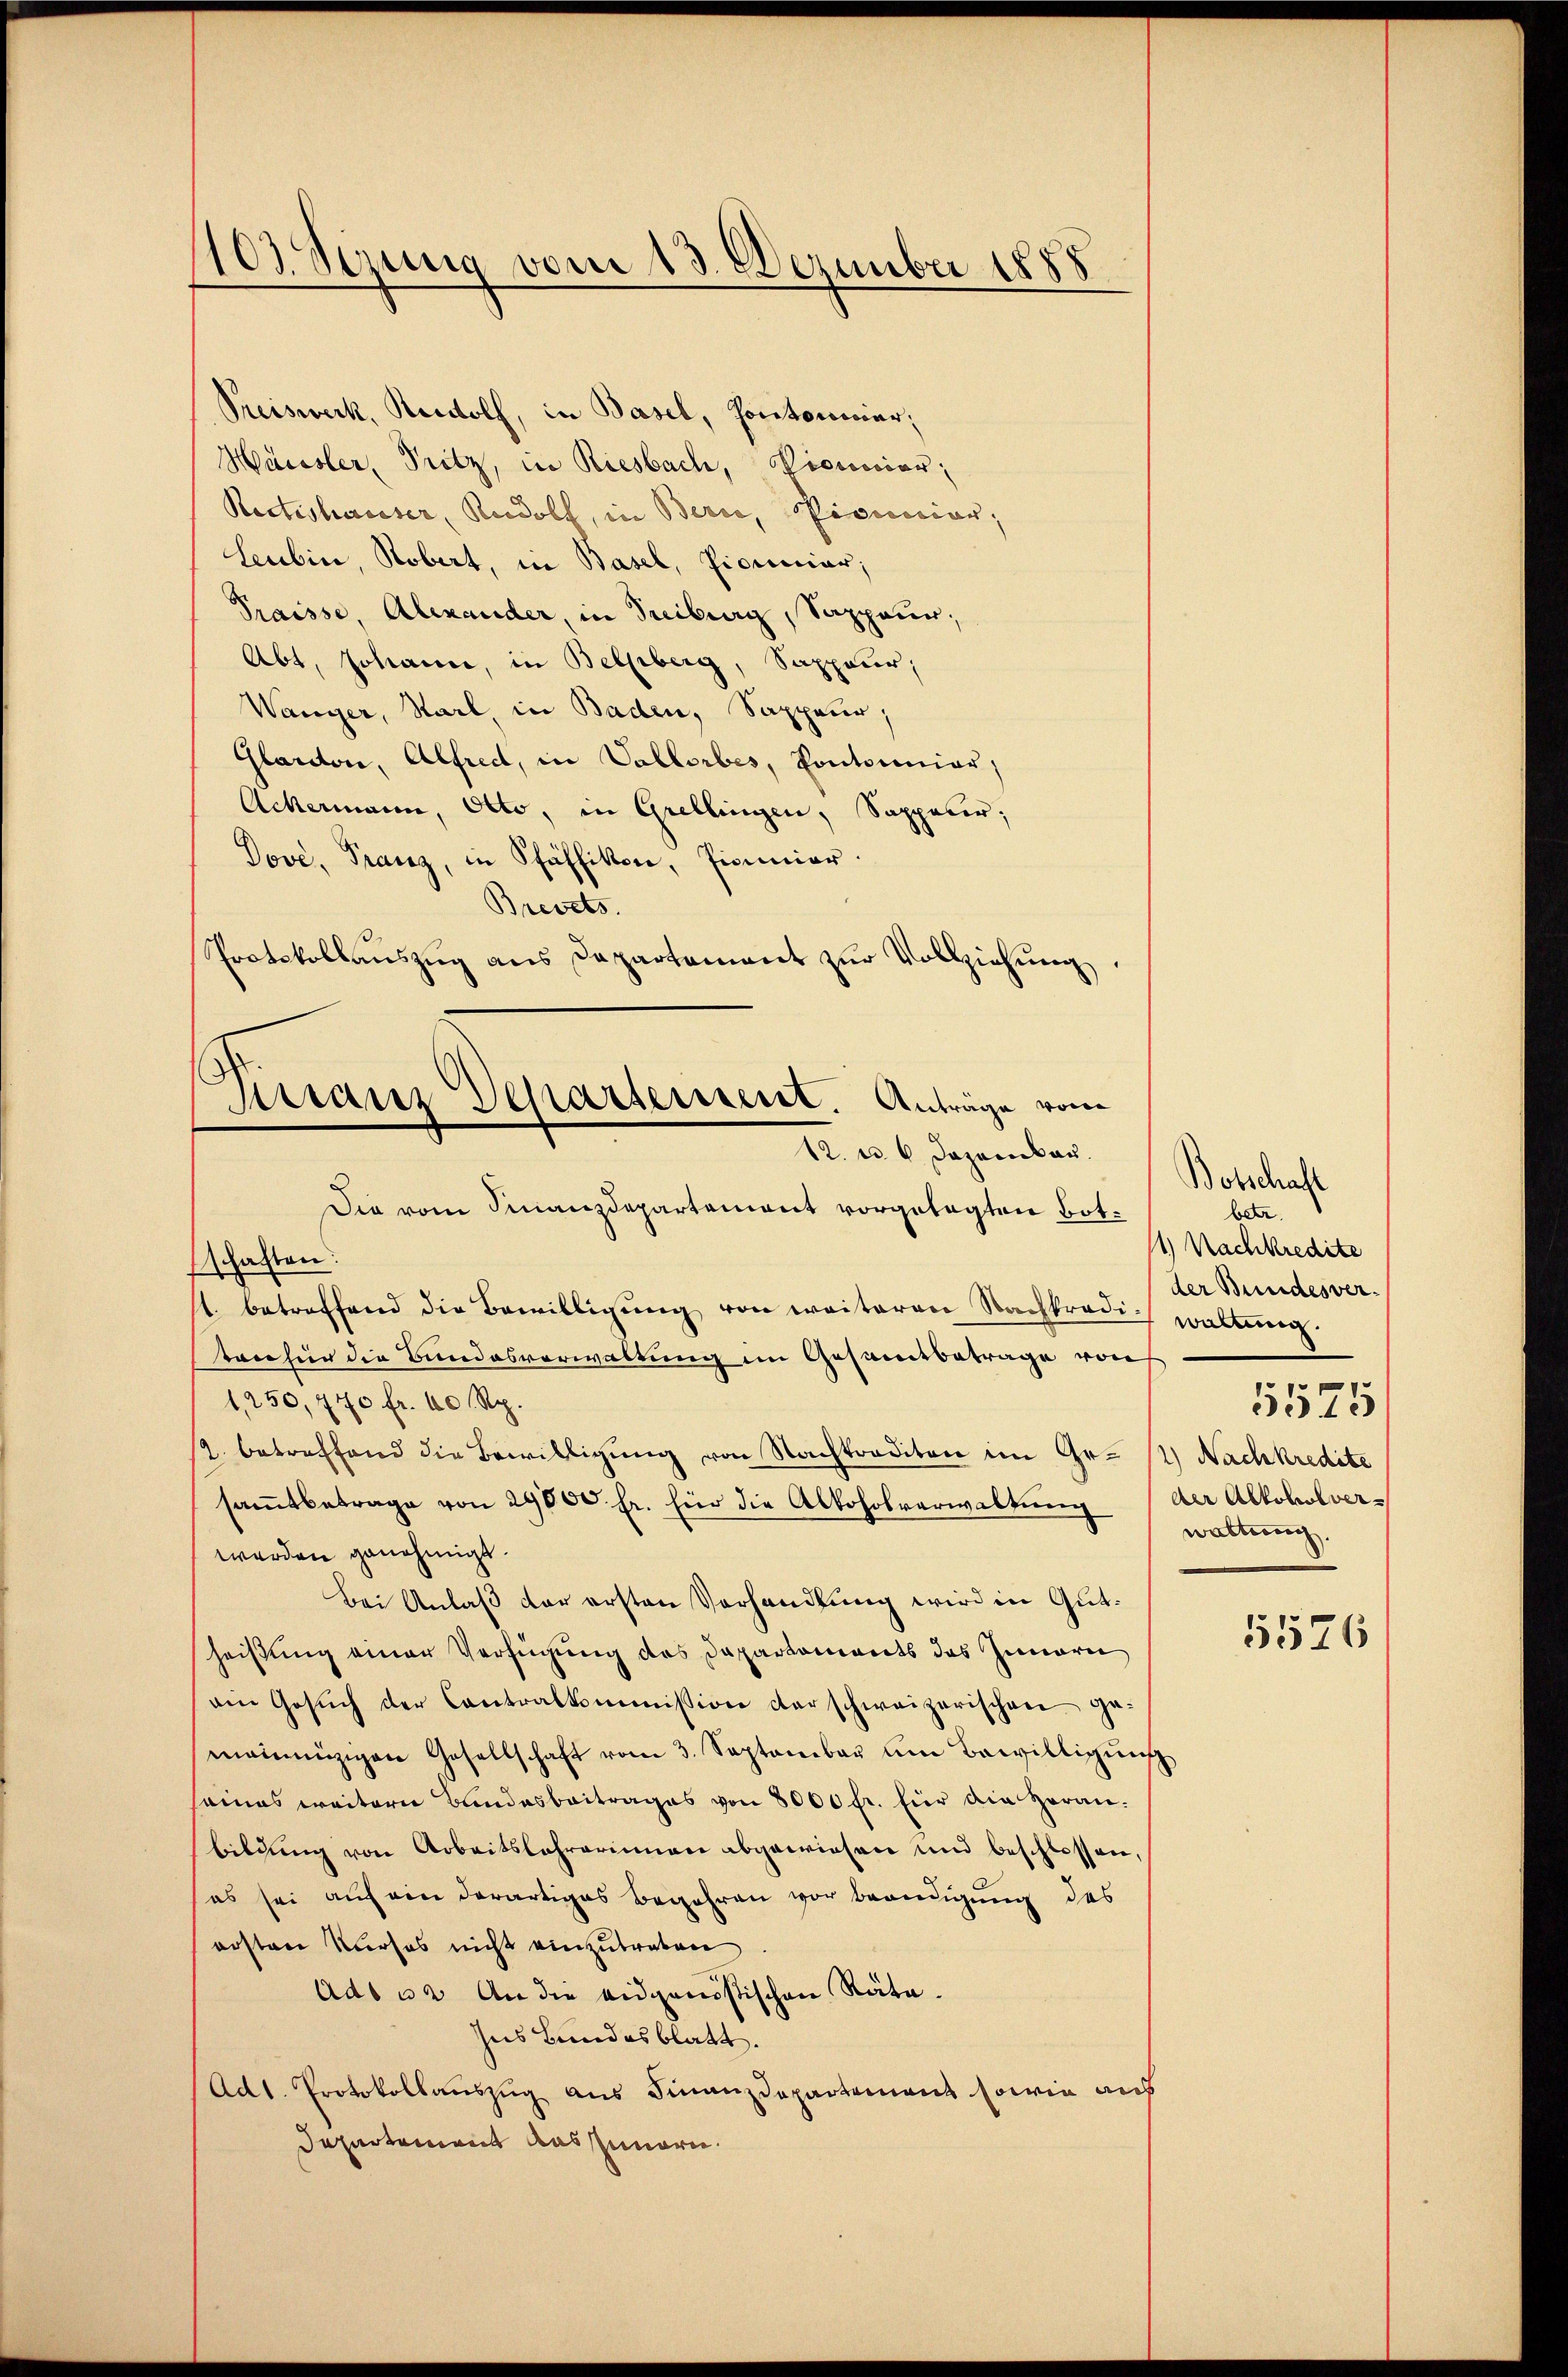
103. Sezung vom 13. Dezember 1888

Preiswerk, Rudolf, in Basel, Portorisier,
Häusler, Pritz, in Riesbach, Picuocior,
Ractishauser, Rudolf, in Bern, Pianicier,
Leubin, Robert, in Basel, Licenciar;
Praisse, Alexander, in Treiburg, Sappeur;
Abt, Johann, in Bellberg, Sappeur;
Wanger, Starl in Baden, Sappeur;
Glardon, Alfred, in Vallorbes, Pontonnier,
Ackermann, Otto, in Grellingen, Sappeler;
Dove, Franz, in Pfäffikon, Pionier.
Brevets.
Protokollaŭszŭg ans Departement zŭr Vollziehung,
schaften:
st. betreffend die Bewilligŭng von weiteren Nachkredi waltung.
tanhier die Bundesverwaltung im Gesamtbetrage von
1, 250, 440 fr. 40 Rp.
12. betreffend die Bewilligung von Nachtraditen im Gesamtbetrage von 29000 fr. für die Alkoholverwaltung
werden genehmigt.
Bei Anlaß der ersten Verhandlung wird in Gutheißung einer Verfügung des Departements das Innern
am Gesŭch der Contralkommission der schweizerischen ge-
mainzigen Gesellschaft vom 3. September um Bewilligŭng
seines weitern Bandesbeitrages von 8000 fr. für die Heranbildung von Arbeitslehrerinnen abgewiesen und beschlossen,
(es sei auf ein derartiges Begehren vor Beendigung des
ersten Kurses nicht einzutreten
Ado 32. An die eidgenössischen Räte.
zus Bundesblatt.
Ad1. Protokollauszug aus Finanzdepartement sowie aus
Departement das Innern.

Kirranz Departerreist. Anträge vom
12. u. 6 Dezember.
Die vom Finanzdepartement vorgelegten Bot¬

Botschaft
betr.
11.) Nachkredite
der Bundesver¬
5575
1) Nachkredite
der Alkoholverwarterung

5576